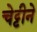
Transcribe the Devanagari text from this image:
चेट्टीने